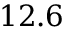
1 2 . 6